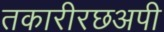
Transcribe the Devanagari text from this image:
तकारीरछअपी